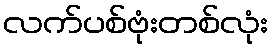
လက်ပစ်ဗုံးတစ်လုံး